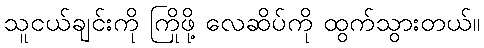
သူငယ်ချင်းကို ကြိုဖို့ လေဆိပ်ကို ထွက်သွားတယ်။